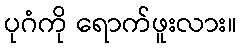
ပုဂံကို ရောက်ဖူးလား။